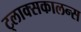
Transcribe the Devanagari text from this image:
ट्लाक्सकालन्स